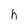
Character: h